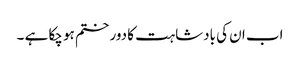
اب ان کی بادشاہت کا دور ختم ہو چکا ہے ۔